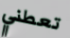
تعطني